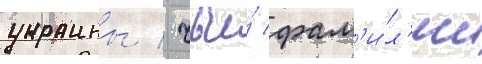
украины / чьи́ фам'и́л'ии